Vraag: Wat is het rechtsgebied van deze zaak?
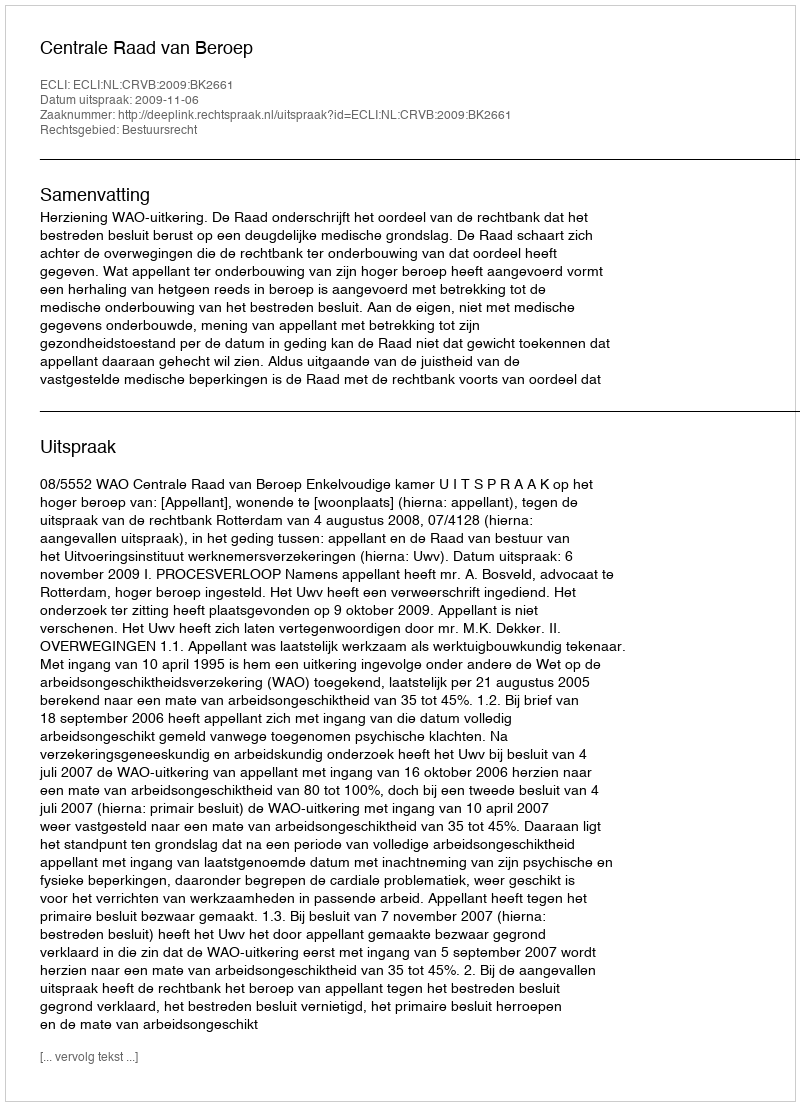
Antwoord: Bestuursrecht